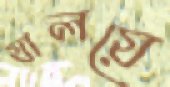
যালয়ে